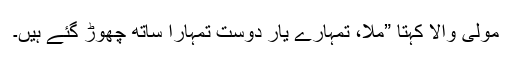
مولی والا کہتا ”ملّا، تمہارے یار دوست تمہارا ساتھ چھوڑ گئے ہیں۔